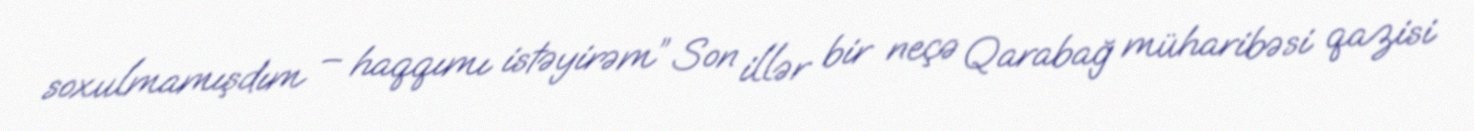
soxulmamışdım – haqqımı istəyirəm” Son illər bir neçə Qarabağ müharibəsi qazisi